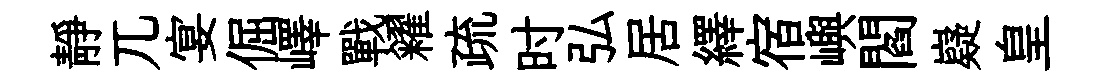
靜兀宴倔嶧戰糴疏时弘居繹宿嶼閻嶷皇